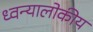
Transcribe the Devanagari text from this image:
ध्वन्यालोकीय